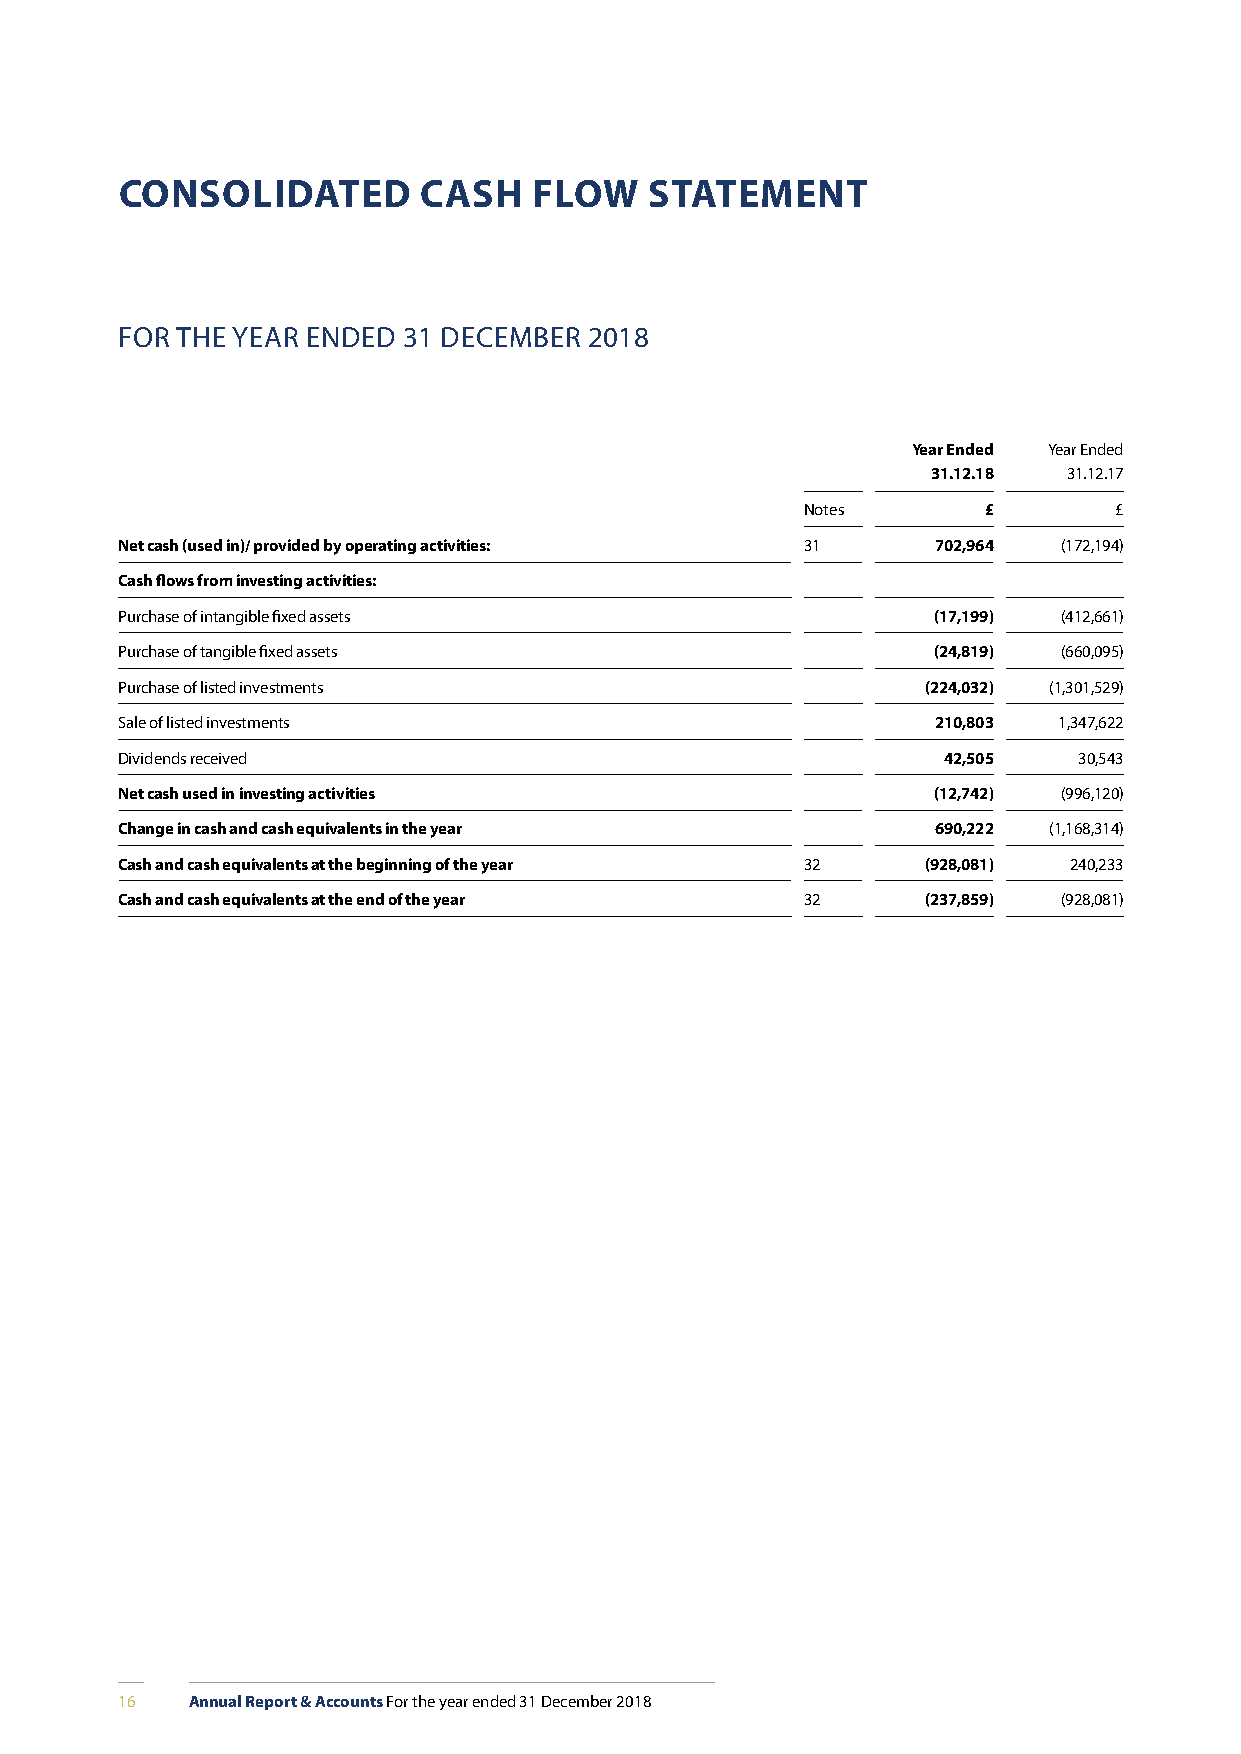
CONSOLIDATED        CASH   FLOW    STATEMENT
 FOR THE YEAR ENDED 31 DECEMBER 2018
 Year Ended Year Ended
 31.12.18 31.12.17
 Notes       £        £
 Net cash (used in)/ provided by operating activities: 31 702,964 (172,194)
 Cash flows from investing activities:
 Purchase of intangible fixed assets                   (17,199) (412,661)
 Purchase of tangible fixed assets                     (24,819) (660,095)
 Purchase of listed investments                       (224,032) (1,301,529)
 Sale of listed investments                            210,803 1,347,622
 Dividends received                                    42,505   30,543
 Net cash used in investing activities                 (12,742) (996,120)
 Change in cash and cash equivalents in the year       690,222 (1,168,314)
 Cash and cash equivalents at the beginning of the year 32 (928,081) 240,233
 Cash and cash equivalents at the end of the year 32  (237,859) (928,081)
 16   Annual Report & Accounts For the year ended 31 December 2018